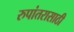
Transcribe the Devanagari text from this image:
रुपांतरासाठी